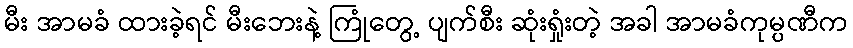
မီး အာမခံ ထားခဲ့ရင် မီးဘေးနဲ့ ကြုံတွေ့ ပျက်စီး ဆုံးရှုံးတဲ့ အခါ အာမခံကုမ္ပဏီက